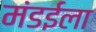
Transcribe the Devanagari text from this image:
मंडईला